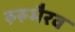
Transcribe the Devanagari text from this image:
रुरुभैरव